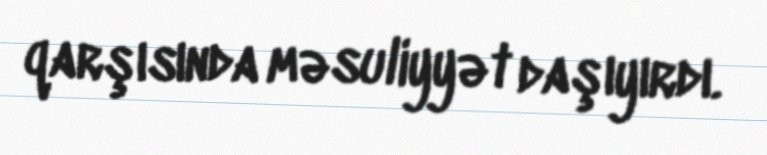
qarşısında məsuliyyət daşıyırdı.